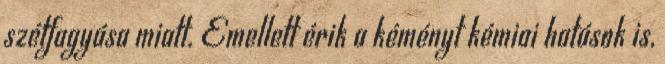
szétfagyása miatt. Emellett érik a kéményt kémiai hatások is,